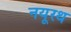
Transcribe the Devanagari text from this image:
नयूरथ